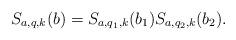
LaTeX: \begin{align*}S_{a,q, k}(b) = S_{a,q_1, k}(b_1) S_{a,q_2, k}(b_2).\end{align*}